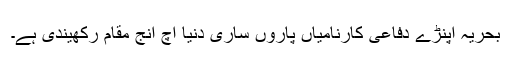
بحریہ اپنڑے دفاعی کارنامیاں پاروں ساری دنیا اچ انج مقام رکھیندی ہے۔